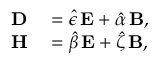
\begin{array} { r l } { \mathbf { D } } & { { } = \hat { \epsilon } \, \mathbf { E } + \hat { \alpha } \, \mathbf { B } , } \\ { \mathbf { H } } & { { } = \hat { \beta } \, \mathbf { E } + \hat { \zeta } \, \mathbf { B } , } \end{array}